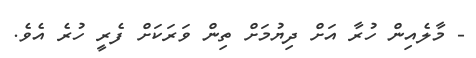
- މާލެއިން ހުރާ އަށް ދިޔުމަށް ތިން ވަރަކަށް ފެރީ ހުރެ އެވެ.